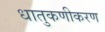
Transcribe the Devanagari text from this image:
धातुकणीकरण